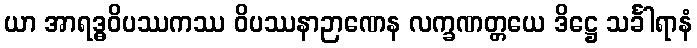
ယာ အာရဒ္ဓဝိပဿကဿ ဝိပဿနာဉာဏေန လက္ခဏတ္တယေ ဒိဋ္ဌေ သင်္ခါရာနံ